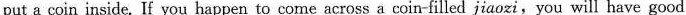
put a coin inside. If you happen to come across a coin-filled jiaozi,you will have good